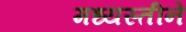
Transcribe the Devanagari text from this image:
मध्यस्तीने